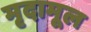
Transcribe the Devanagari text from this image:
मृदामूल